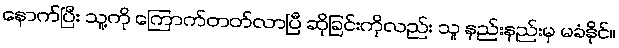
နောက်ပြီး သူ့ကို ကြောက်တတ်လာပြီ ဆိုခြင်းကိုလည်း သူ နည်းနည်းမှ မခံနိုင်။